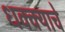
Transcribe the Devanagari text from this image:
धक्क्याचे